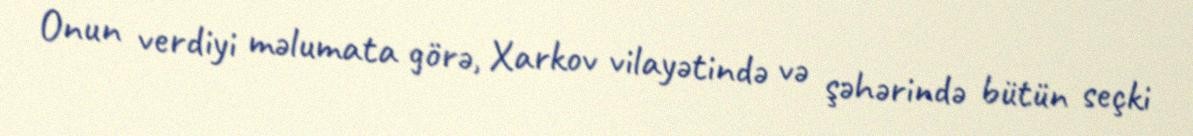
Onun verdiyi məlumata görə, Xarkov vilayətində və şəhərində bütün seçki